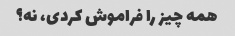
همه چیز را فراموش کردی، نه؟